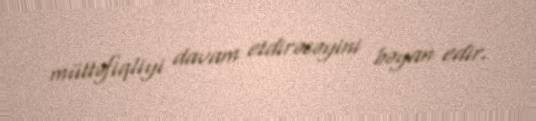
müttəfiqliyi davam etdirəcəyini bəyan edir.